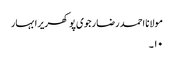
مولانا احمد رضا رجوی پوکھریرا بہار
۱۰۔